Annual report on the working of the lock hospitals in the Central Provinces
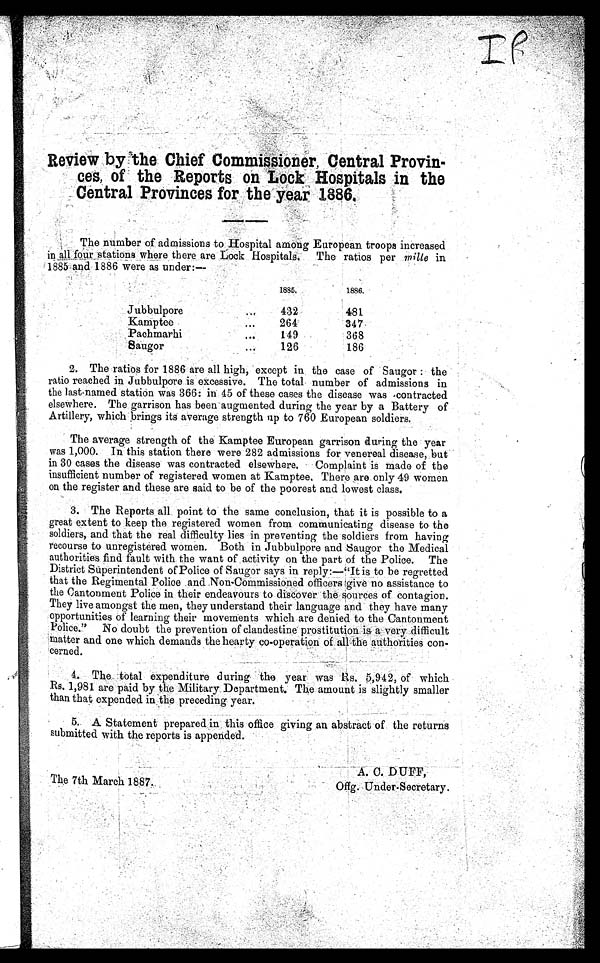
The 7th. March 1887.
A. C. DUFF,
Ogg. Under-Secretary.
Review by the Chief Commissioner, Central Provin
-
ces, of the Reports on Lock Hospitals in the
Central Provinces for the year 1886.
The number of admissions to Hospital among European troops increased
in all four stations where there are Lock Hospitals. Thee ratios per mille in
1885 and 1886 were as under:—
1 8 8 5 .
1886.
Jubbulpore
...
432
481
Kamptee
...
264
347
Pachmarhi
. . .
149
368
Saugor
...
126
186
2. The ratios for 1886 are all high, except in the case of Saugor : the
ratio reached in Jubbulpore is excessive. The total number of admissions in
the last-named station was 366: in 45 of these cases the disease was contracted
elsewhere. The garrison has been augmented during the year by a Battery of
Artillery, which brings its average strength np to 760 European soldiers.
The average strength of the Kamptee European garrison during the year
was 1,000. In this station there were 282 admissions for venereal disease, but
in 30 cases the disease was contracted elsewhere. Complaint is made of the
insufficient number of registered women at Kamptee. There are only 49 women
on the register and these are said to be of the poorest and lowest class.
3. The Reports all point to the same conclusion, that it is possible to a
great extent to keep the registered women from communicating disease to the
soldiers, and that the real difficulty lies in preventing the soldiers from having
recourse to unregistered women. Both in Jubbulpore and Saugor the Medical
authorities find fault with the want of activity on the part of the Police. The
District Superintendent of Police of Saugor says in reply:—"It is to be regretted
that the Regimental Police and Non-Commissioned officers give -no assistance to
the Cantonment Police in their endeavours to discover. the sources of contagion.
They live amongst the men, they understand their language and they have many
opportunities of learning their movements which are denied to the Cantonment
Police," No doubt the prevention of clandestine prostitution is a very. difficult
matter and one which demands the hearty co-operation of all the authorities con-
cerned.
4. The total expenditure during the year was Rs. 5,942, of which
Rs, 1,981 are paid by the Military, Department. The amount is slightly smaller
than that expended in the preceding year.
5.. A Statement prepared in office giving an abstract of the returns
submitted with the reports is appended.